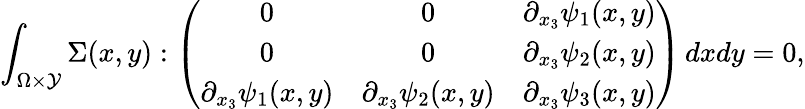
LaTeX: \int_{\Omega\times\mathcal{Y}}\Sigma(x,y):\left(\begin{array}{ccc}{0}&{0}&{\partial_{x_{3}}\psi_{1}(x,y)}\\ {0}&{0}&{\partial_{x_{3}}\psi_{2}(x,y)}\\ {\partial_{x_{3}}\psi_{1}(x,y)}&{\partial_{x_{3}}\psi_{2}(x,y)}&{\partial_{x_{3}}\psi_{3}(x,y)}\end{array}\right)\, dxdy=0,